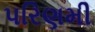
પરિણમી